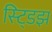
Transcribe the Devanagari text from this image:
स्ट्डिझ